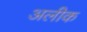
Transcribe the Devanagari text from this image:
अलीक